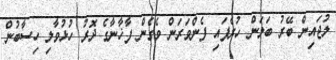
ލުޖައިން ބޭރު ބަލަން ހުރެފައި ފެންވަރަން ވެގެން ފާޚާނާގެ ދޮރު ހުޅުވާލި ހިސާބުން